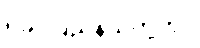
ရခိုင်ပြည်နယ်တို့တွင်